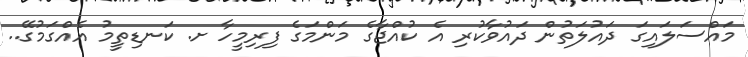
މައްސަލައިގަ ދައުލަތުން ދައުވާކުރި އެ ކުއްޖާގެ މަންމަގެ ފިރިމީހާ ށ. ކަނޑިތީމު އެއްގަމުގޭ..